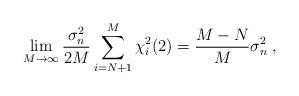
LaTeX: \begin{align*}\lim_{M\to\infty}\frac{\sigma_n^2}{2M}\sum_{i=N+1}^M\chi_{i}^2(2)=\frac{M-N}{M}\sigma_n^2\;,\end{align*}